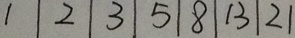
1 \mid 2 \mid 3 \mid 5 \mid 8 \mid 1 3 \mid 2 1